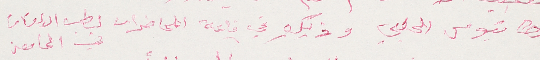
مطانيوس الحلبي وذلك في قاعة المحاضرات لطب الاسنان في الجامعة